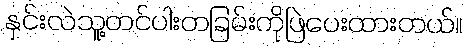
နှင်းလဲသူ့တင်ပါးတခြမ်းကိုဖြဲပေးထားတယ်။